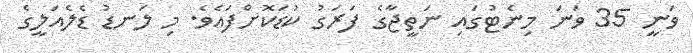
ވަނީ 35 ވަނަ މިނެޓުގައި ނަތީޖާގެ ފަރަގު ކުޑަކޮށްފައެވެ. މި ލަނޑު ޑެލެއަލީގެ